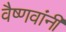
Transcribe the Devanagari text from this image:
वैष्णवांनी